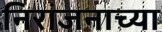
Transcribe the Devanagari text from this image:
निरांजनाच्या